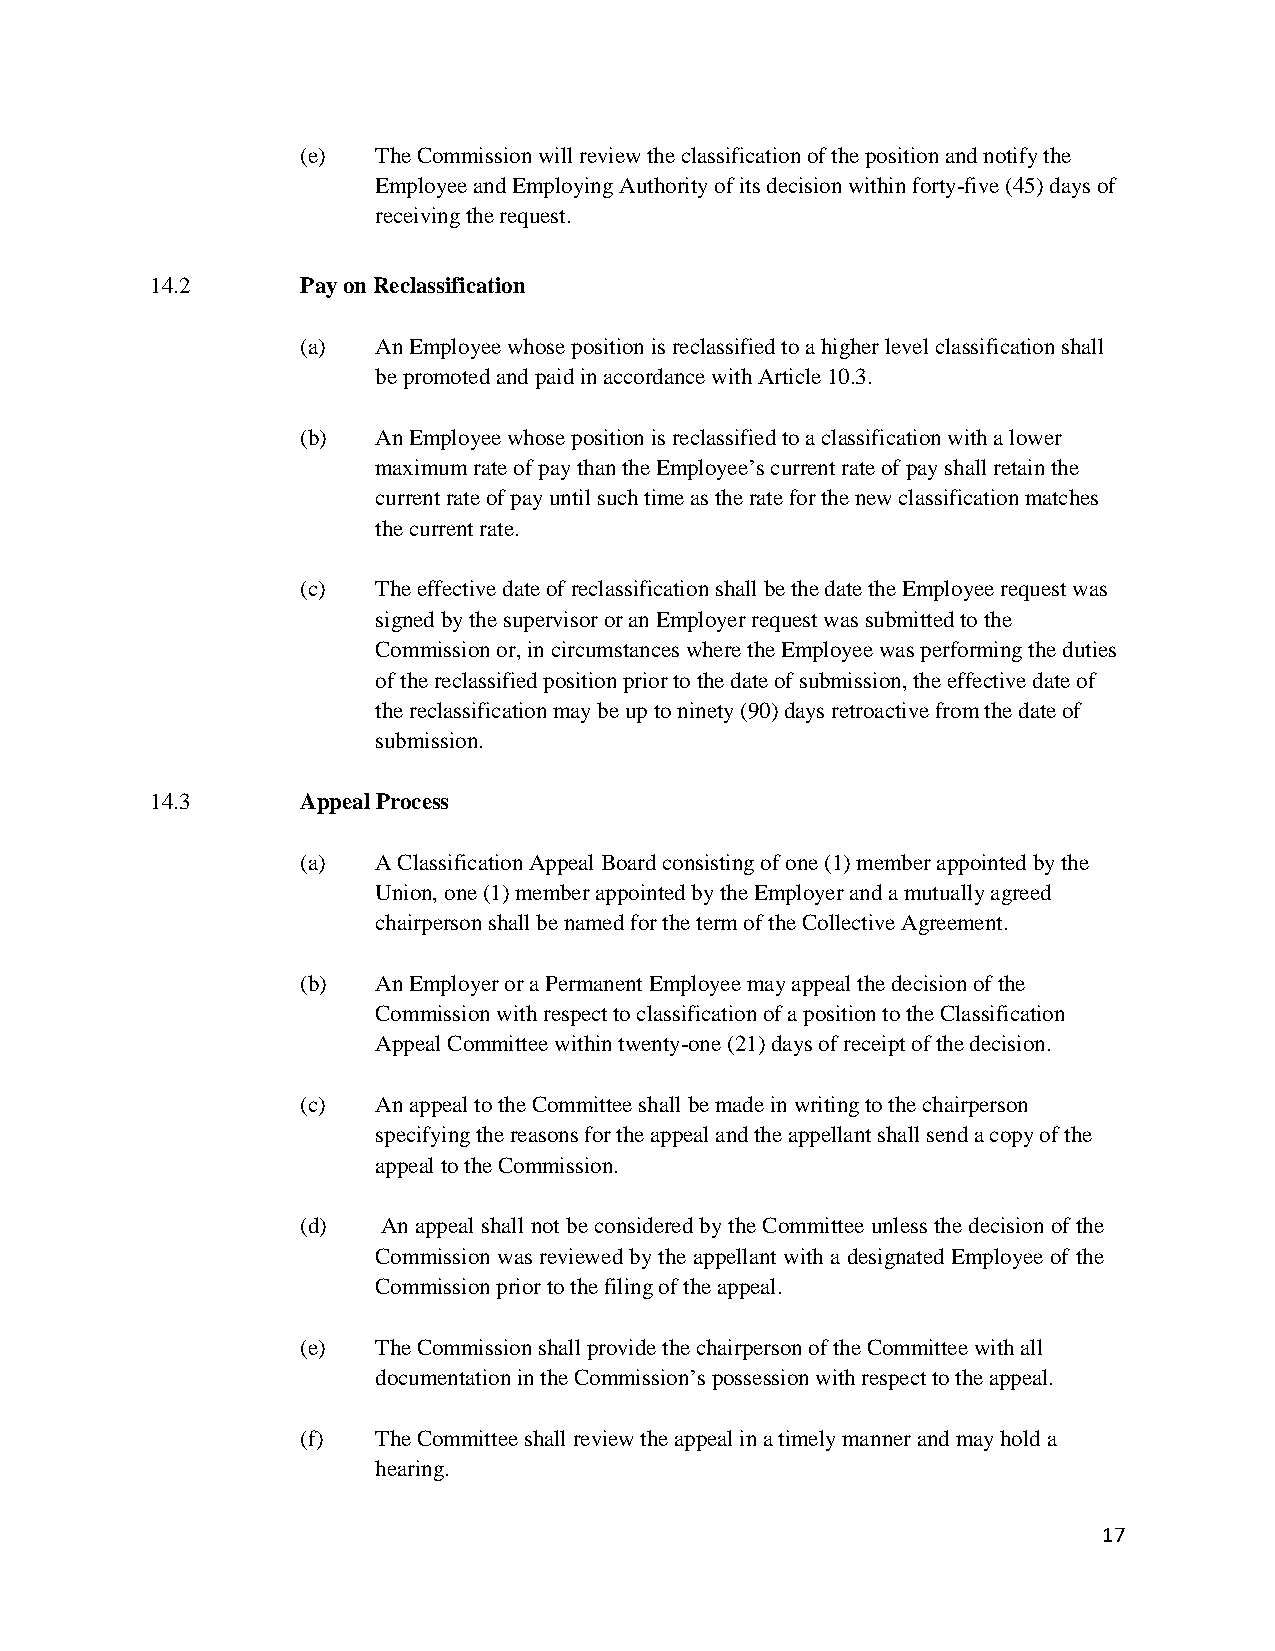
(e)  The Commission will review the classification of the position and notify the
 Employee and Employing Authority of its decision within forty-five (45) days of
 receiving the request.
 14.2      Pay on Reclassification
 (a)  An Employee whose position is reclassified to a higher level classification shall
 be promoted and paid in accordance with Article 10.3.
 (b)  An Employee whose position is reclassified to a classification with a lower
 maximum rate of pay than the Employee’s current rate of pay shall retain the
 current rate of pay until such time as the rate for the new classification matches
 the current rate.
 (c)  The effective date of reclassification shall be the date the Employee request was
 signed by the supervisor or an Employer request was submitted to the
 Commission or, in circumstances where the Employee was performing the duties
 of the reclassified position prior to the date of submission, the effective date of
 the reclassification may be up to ninety (90) days retroactive from the date of
 submission.
 14.3      Appeal Process
 (a)  A Classification Appeal Board consisting of one (1) member appointed by the
 Union, one (1) member appointed by the Employer and a mutually agreed
 chairperson shall be named for the term of the Collective Agreement.
 (b)  An Employer or a Permanent Employee may appeal the decision of the
 Commission with respect to classification of a position to the Classification
 Appeal Committee within twenty-one (21) days of receipt of the decision.
 (c)  An appeal to the Committee shall be made in writing to the chairperson
 specifying the reasons for the appeal and the appellant shall send a copy of the
 appeal to the Commission.
 (d)  An appeal shall not be considered by the Committee unless the decision of the
 Commission was reviewed by the appellant with a designated Employee of the
 Commission prior to the filing of the appeal.
 (e)  The Commission shall provide the chairperson of the Committee with all
 documentation in the Commission’s possession with respect to the appeal.
 (f)  The Committee shall review the appeal in a timely manner and may hold a
 hearing.
 17